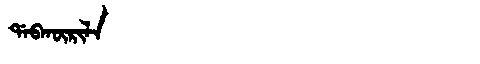
Manchu: ᡩᠠᠪᡴᡡᡵᡳᠯᠠ
Romanization: DABKŪRILA